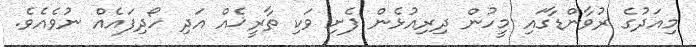
މިއަދުގެ ރުވާންޑާގައި މީހުން ދިރިއުޅެން ފެށި ވަކި ތާރީޚެއް އަދި ހޯދިފައެއް ނުވެއެވެ.